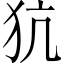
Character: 犺